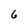
Character: 6